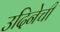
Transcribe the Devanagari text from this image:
उदिनेची